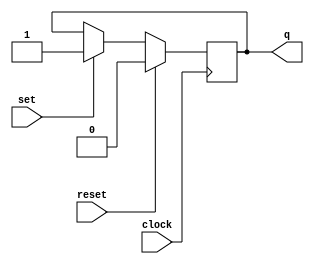
module set_reset( 
	input wire clock, 
	input wire set, 
	input wire reset, 
	output reg q = initial_state );

parameter initial_state = 1'b0;

always @(posedge clock)
begin
	if (reset)
		q <= 1'b0;
	else if (set) begin
		q <= 1'b1;
	end
end

endmodule